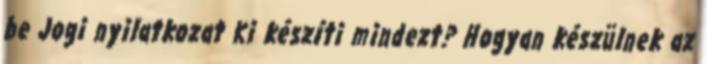
be Jogi nyilatkozat Ki készíti mindezt? Hogyan készülnek az